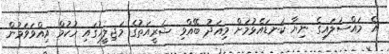
އެ މައްސަލައިގެ ނިޔާ ކަނޑައެޅުމަށް މިއަދު ބޭއްވި ޝަރީއަތުގެ މަޖިލީހުގައި ހުކުމް އިއްވަވަމުން